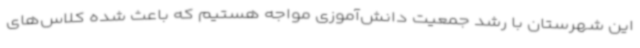
این شهرستان با رشد جمعیت دانش‌آموزی مواجه هستیم که باعث شده کلاس‌های